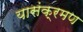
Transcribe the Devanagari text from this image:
यासंक्रमण